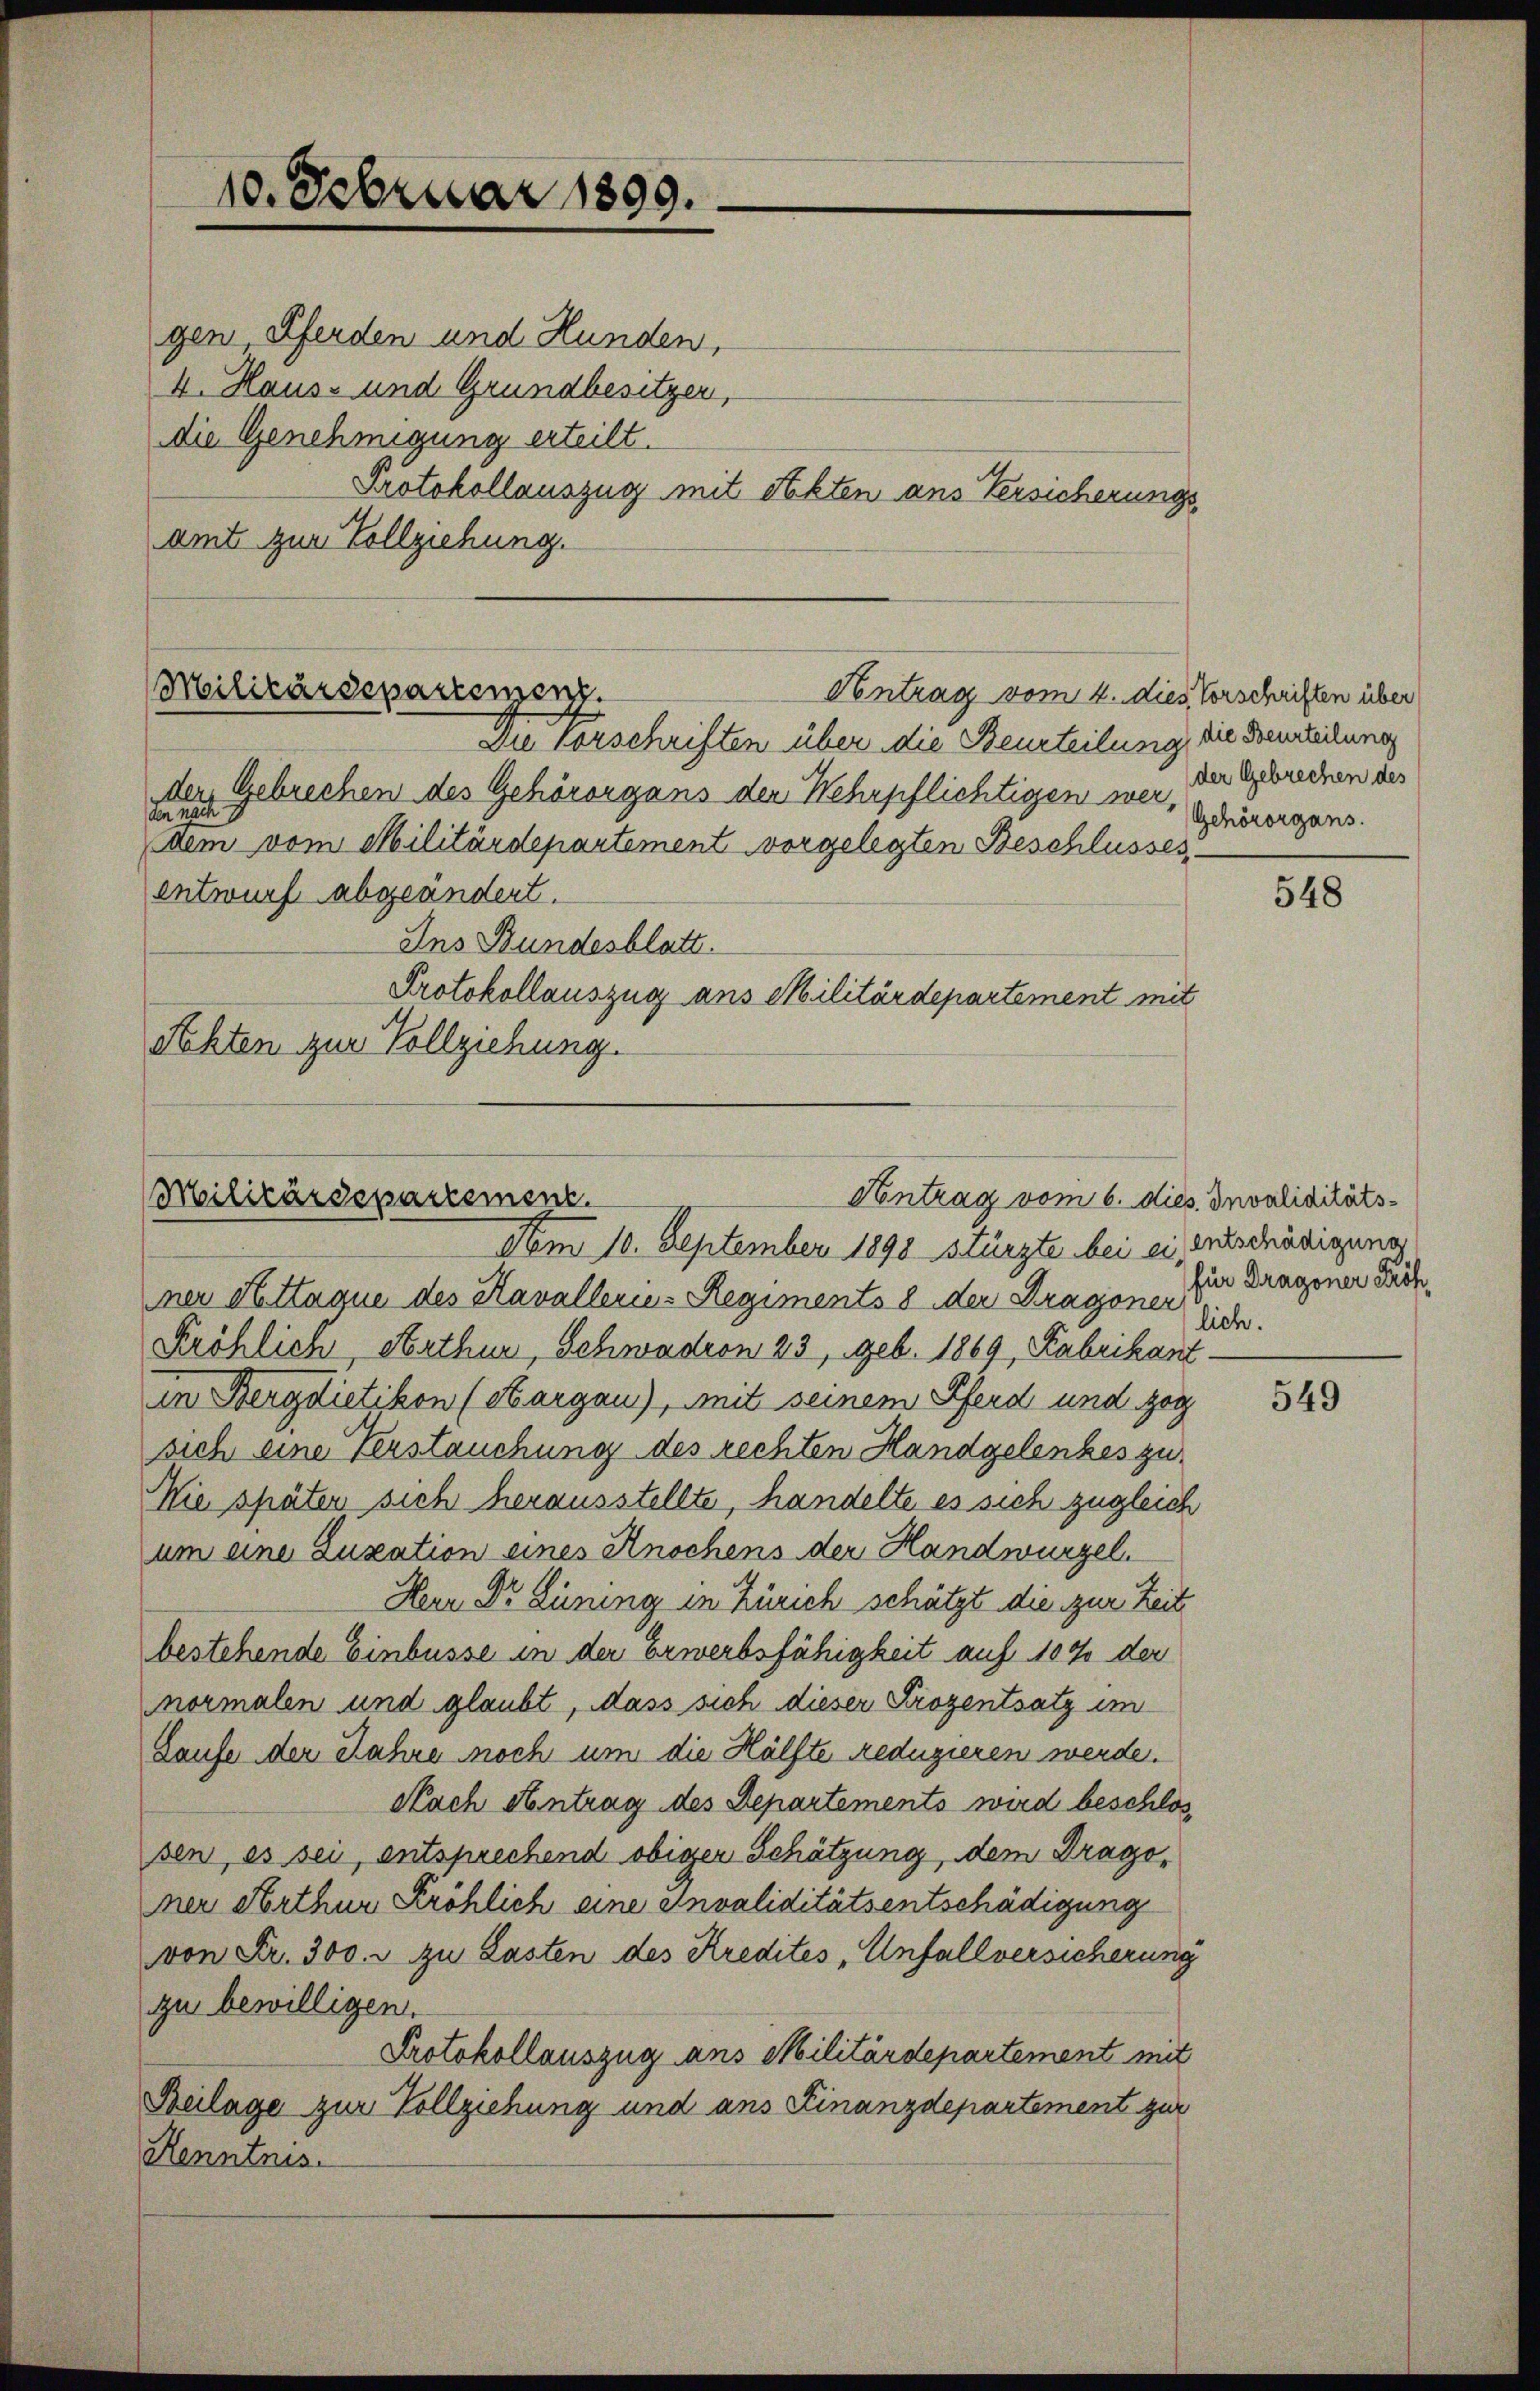
Militärsepartenen.
Antrag vom 4. dies, Vorschriften über
Die Vorschriften über die Beurteilung, die Beurteilung

10. Februar 1899.

den Gebrechen des Gehörorgans den Wehrpflichtigen werdem vom Militärdepartement vorgelegten Beschlusses
entwurf abgeändert.
Ins Bundesblatt.
Protokollauszug aus Militärdepartement mit
Richten zur Vollziehung.

ner Hettaque des Kavallerie-Regiments 8 der Dragone zur Dragoner Pach¬
Kröhlich, Arthur, Schwadron 23, geb. 1869, Fabrikantin Bergdietikon (Aargau) mit seinem Pferd und zog
sich eine Verstauchung des rechten Handgelenkes zu
Wie späten sich herausstellte, handelte es sich zugleich
um eine Luxation eines Knochens der Handwurzel.
Herr Dr. Lüning in Zürich schätzt die zur Zeit
bestehende Einbüsse in der Erwerbsfähigkeit auf 10% der
normalen und glaubt, dass sich dieser Prozentsatz im
Laufe der Jahre noch um die Hälfte reduzieren werde.
Nach Antrag des Departements wird beschlos
sen, es sei, entsprechend obiger Schätzung, dem Dragoner Arthur Kröhlich eine Invaliditätsentschädigung
von Fr. 300. u zu Lasten des Kredites „Unfallversicherung
zu bewilligen.
Protokollauszug aus Militärdepartement mit
Beilage zur Vollziehung und ans Finanzdepartement zur
Kenntnis.

gen, Pferden und Hunden,
V. Haus- und Grundbesitzer,
die Genehmigung erteilt.
Protokollauszug mit Sekten aus Versicherungsamt zur Vollziehung.

Antrag vom 6. dies. Invaliditäts¬
Militärdepartement.
dom 10. September 1890 stürzte bei ein, entschädigung

der Gebrechen des
Gehörorgans.

548

lich.

549